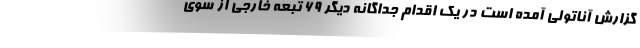
گزارش آناتولی آمده است در یک اقدام جداگانه دیگر ۶۹ تبعه خارجی از سوی